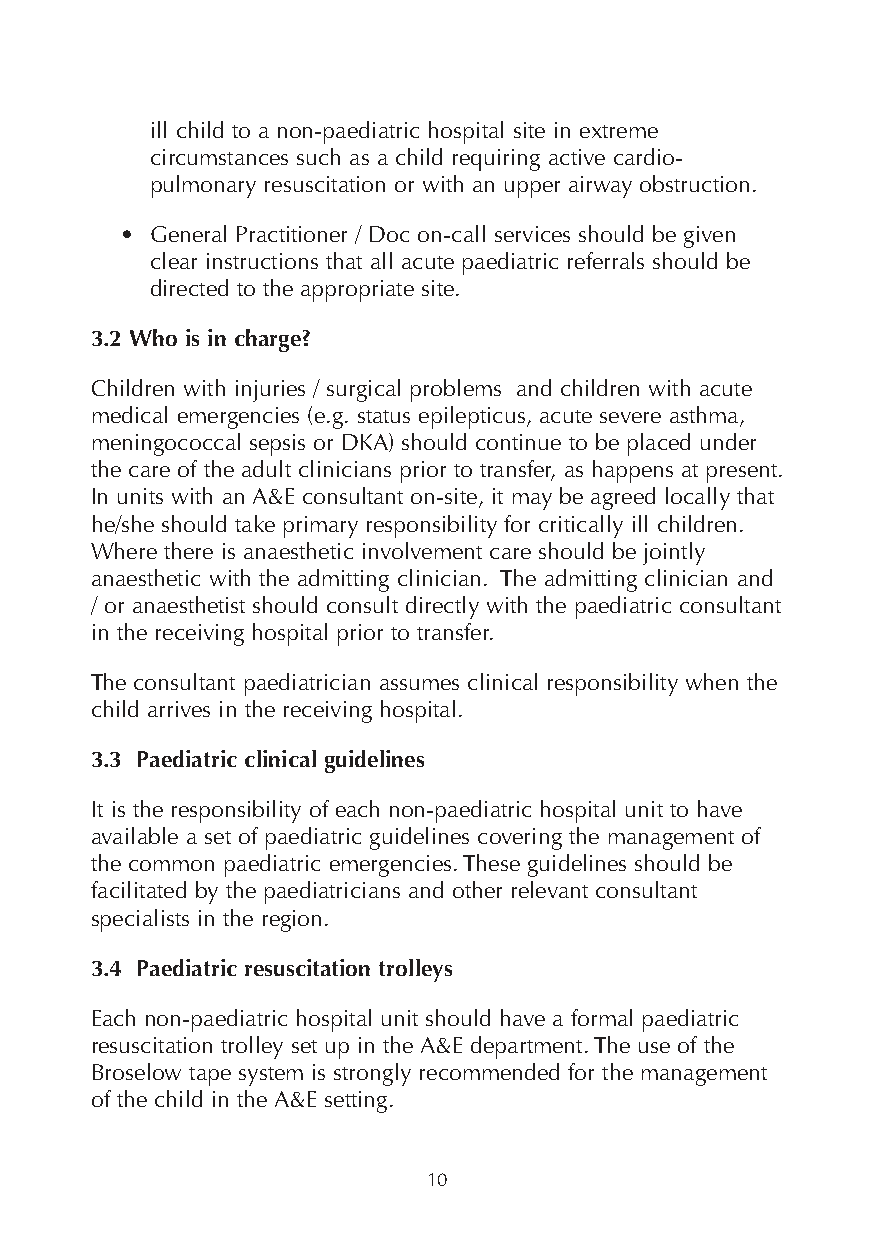
ill child to a non-paediatric hospital site in extreme
 circumstances such as a child requiring active cardio-
 pulmonary resuscitation or with an upper airway obstruction.
 • General Practitioner / Doc on-call services should be given
 clear instructions that all acute paediatric referrals should be
 directed to the appropriate site.
 3.2 Who is in charge?
 Children with injuries / surgical problems and children with acute
 medical emergencies (e.g. status epilepticus, acute severe asthma,
 meningococcal sepsis or DKA) should continue to be placed under
 the care of the adult clinicians prior to transfer, as happens at present.
 In units with an A&E consultant on-site, it may be agreed locally that
 he/she should take primary responsibility for critically ill children.
 Where there is anaesthetic involvement care should be jointly
 anaesthetic with the admitting clinician. The admitting clinician and
 / or anaesthetist should consult directly with the paediatric consultant
 in the receiving hospital prior to transfer.
 The consultant paediatrician assumes clinical responsibility when the
 child arrives in the receiving hospital.
 3.3 Paediatric clinical guidelines
 It is the responsibility of each non-paediatric hospital unit to have
 available a set of paediatric guidelines covering the management of
 the common paediatric emergencies. These guidelines should be
 facilitated by the paediatricians and other relevant consultant
 specialists in the region.
 3.4 Paediatric resuscitation trolleys
 Each non-paediatric hospital unit should have a formal paediatric
 resuscitation trolley set up in the A&E department. The use of the
 Broselow tape system is strongly recommended for the management
 of the child in the A&E setting.
 10